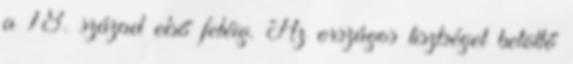
a 18. század első feléig. Az országos tisztséget betöltő